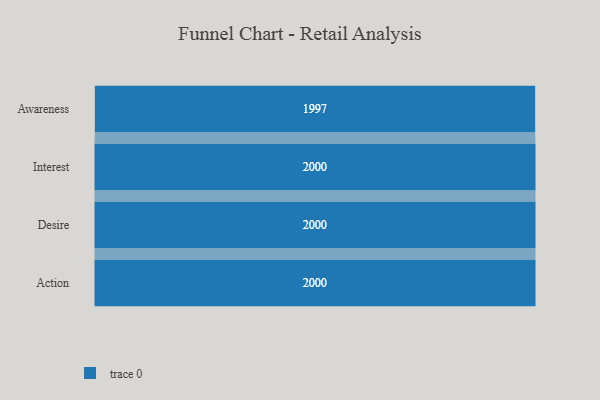
{"axis": {"x": "Stage", "y": "Value"}, "legend": [""], "data": [{"x": "Awareness", "y": 1997.0, "type": ""}, {"x": "Interest", "y": 2000, "type": ""}, {"x": "Desire", "y": 2000, "type": ""}, {"x": "Action", "y": 2000, "type": ""}]}